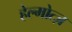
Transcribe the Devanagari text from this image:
हेल्मोत्ज़